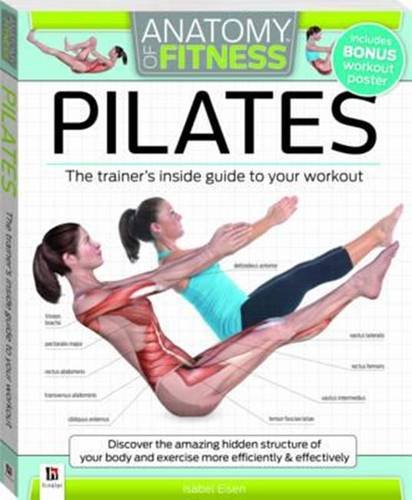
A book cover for Anatomy of Fitness Pilates; Isabel Eisen; Health, Fitness & Dieting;